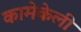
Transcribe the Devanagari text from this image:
कामेकेली